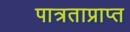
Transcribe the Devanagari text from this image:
पात्रताप्राप्त